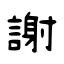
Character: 謝